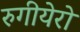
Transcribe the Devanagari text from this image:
रुगीयेरो